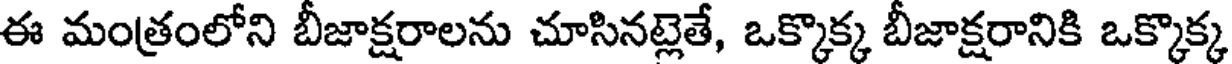
ఈ మంత్రంలోని బీజాక్షరాలను చూసినట్లెతే, ఒక్కొక్క బీజాక్షరానికి ఒక్కొక్క